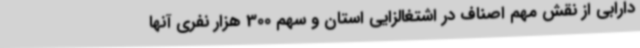
دارابی از نقش مهم اصناف در اشتغالزایی استان و سهم 300 هزار نفری آنها